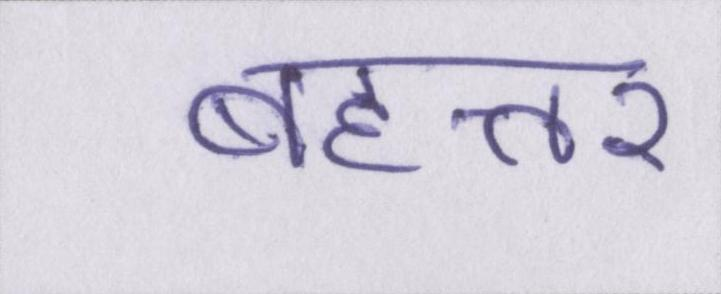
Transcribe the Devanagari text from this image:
बहत्तर